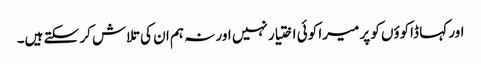
اور کہا ڈاکوؤں کو پر میرا کوئی اختیار نہیں اور نہ ہم ان کی تلاش کر سکتے ہیں۔